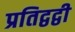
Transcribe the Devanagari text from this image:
प्रतिद्वद्वी